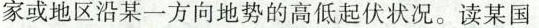
家或地区沿某一方向地势的高低起伏状况。读某国